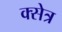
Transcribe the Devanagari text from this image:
क्सेत्र